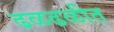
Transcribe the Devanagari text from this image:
ढळढळीत